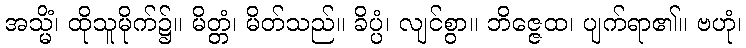
အသ္မိံ၊ ထိုသူမိုက်၌။ မိတ္တံ၊ မိတ်သည်။ ခိပ္ပံ၊ လျင်စွာ။ ဘိဇ္ဇေထ၊ ပျက်ရာ၏။ ဗဟုံ၊